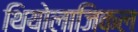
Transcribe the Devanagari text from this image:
थियोलाजिकल